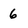
Character: 6